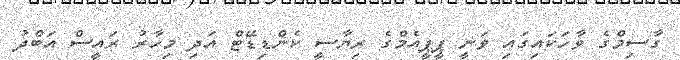
ގާސިމްގެ ވާހަކައިގައި ވަނީ ޕީޕީއެމްގެ ރިޔާސީ ކެންޑިޑޭޓް އަދި މިހާރު ރައީސް އަބްދު